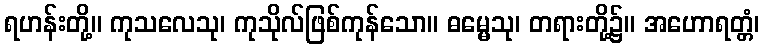
ရဟန်းတို့။ ကုသလေသု၊ ကုသိုလ်ဖြစ်ကုန်သော။ ဓမ္မေသု၊ တရားတို့၌။ အဟောရတ္တံ၊